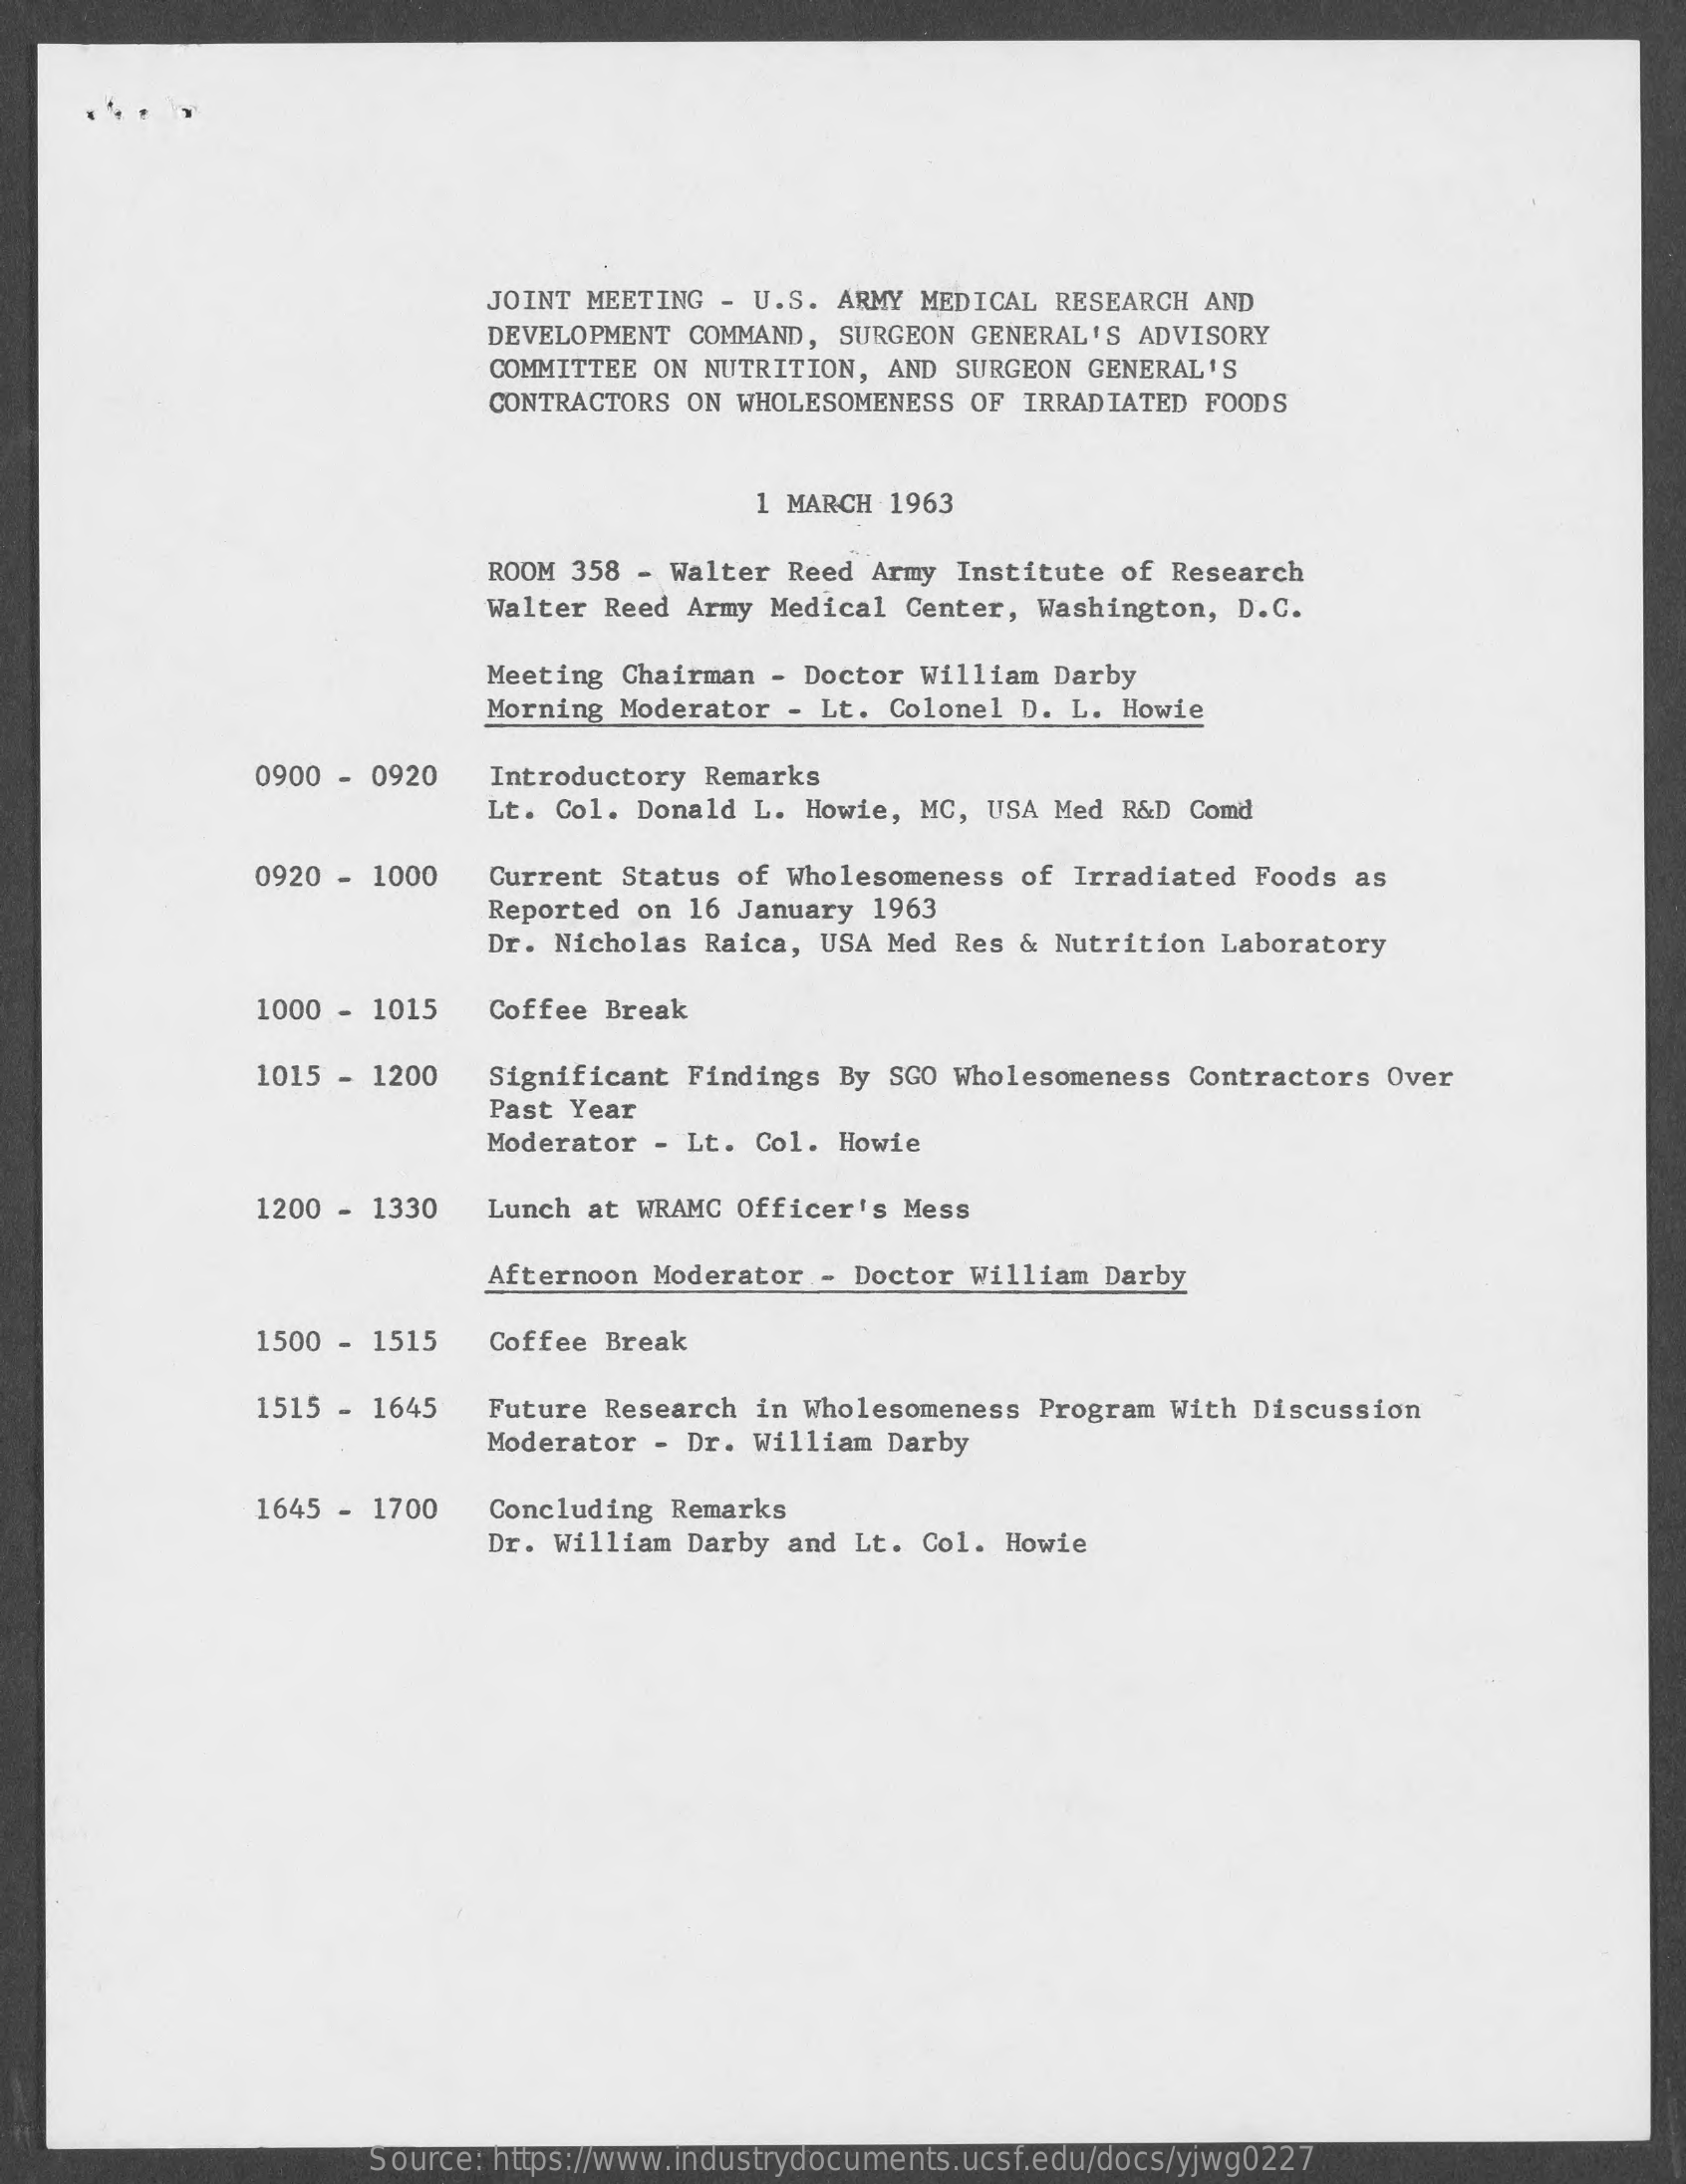
JOINT MEETING - U.S. ARMY MEDICAL RESEARCH AND
     DEVELOPMENT COMMAND, SURGEON GENERAL'S ADVISORY
     COMMITTEE ON NUTRITION, AND SURGEON GENERAL'S
     CONTRACTORS ON WHOLESOMENESS OF IRRADIATED FOODS
     1 MARCH 1963
     ROOM 358 - Walter Reed Army Institute of Research
     Walter Reed Army Medical Center, Washington, D.C.
     Meeting Chairman - Doctor William Darby
     Morning Moderator - Lt. Colonel D. L. Howie
     0900 - 0920 Introductory Remarks
     Lt. Col. Donald L. Howie, MC, USA Med R&D Comd
     0920 - 1000 Current Status of Wholesomeness of Irradiated Foods as
     Reported on 16 January 1963
     Dr. Nicholas Raica, USA Med Res & Nutrition Laboratory
     1000 - 1015 Coffee Break
     1015 - 1200 Significant Findings By SGO Wholesomeness Contractors Over
     Past Year
     Moderator - Lt. Col. Howie
     1200 - 1330 Lunch at WRAMC Officer's Mess
     Afternoon Moderator - Doctor William Darby
     1500 - 1515 Coffee Break
     1515 - 1645 Future Research in Wholesomeness Program With Discussion
     Moderator - Dr. William Darby
     1645 - 1700 Concluding Remarks
     Dr. William Darby and Lt. Col. Howie
     Source: https://www.industrydocuments.ucsf.edu/docs/yjwg0227